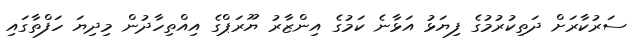
ސަރުކާރަށް ދަތިކުރުމުގެ ފިޔަޅު އަޅާނެ ކަމުގެ އިންޒާރު ޔޫރަޕްގެ އިއްތިހާދުން މިދިޔަ ހަފްތާގައި